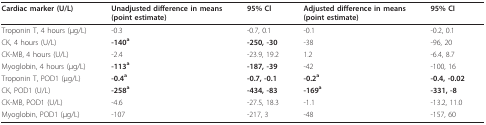
| Cardiac marker (U/L) | Unadjusted difference in means(point estimate) | 95% Cl | Adjusted difference in means(point estimate) | 95% CI |
 | --- | --- | --- | --- | --- |
 | Troponin T, 4 hours (μg/L) | -0.3 | -0.7, 0.1 | -0.1 | -0.2, 0.1 |
 | CK, 4 hours (U/L) | -140a | -250, -30 | -38 | -96, 20 |
 | CK-MB, 4 hours (U/L) | -2.4 | -23.9, 19.2 | 1.2 | -6.4, 8.7 |
 | Myoglobin, 4 hours (μg/L) | -113a | -187, -39 | -42 | -100, 16 |
 | Troponin T, POD1 (μg/L) | -0.4a | -0.7, -0.1 | -0.2a | -0.4, -0.02 |
 | CK, POD1 (U/L) | -258a | -434, -83 | -169a | -331, -8 |
 | CK-MB, POD1 (U/L) | -4.6 | -27.5, 18.3 | -1.1 | -13.2, 11.0 |
 | Myoglobin, POD1 (μg/L) | -107 | -217, 3 | -48 | -157, 60 |